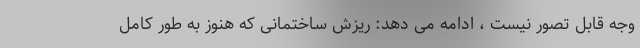
وجه قابل تصور نیست ، ادامه می دهد: ریزش ساختمانی که هنوز به طور کامل